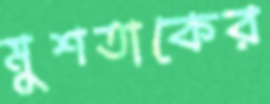
মুশতাকের